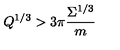
Q ^ { 1 / 3 } > 3 \pi \frac { \Sigma ^ { 1 / 3 } } m